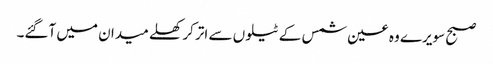
صبح سویرے وہ عین شمس کے ٹیلوں سے اتر کر کھلے میدان میں آگئے۔